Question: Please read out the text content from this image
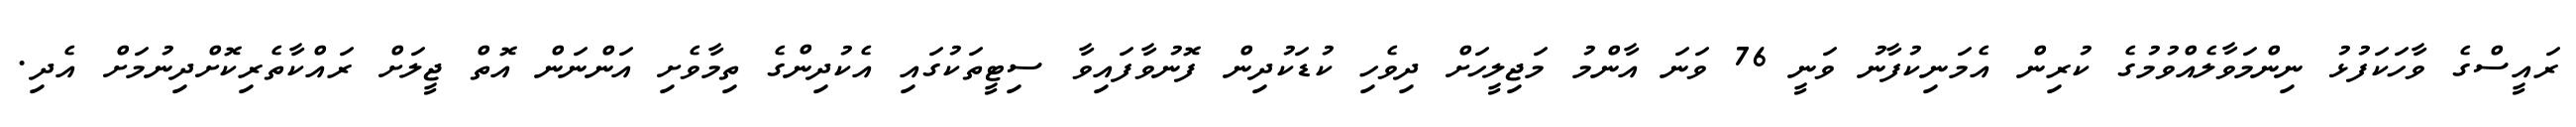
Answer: ރައީސްގެ ވާހަކަފުޅު ނިންމަވާލެއްވުމުގެ ކުރިން އެމަނިކުފާނު ވަނީ 76 ވަނަ އާންމު މަޖިލީހަށް ދިވެހި ކުޑަކުދިން ފޮނުވާފައިވާ ސިޓީތަކުގައި އެކުދިންގެ ތިމާވެށި އަންނަން އޮތް ޖީލަށް ރައްކާތެރިކޮށްދިނުމަށް އެދި.